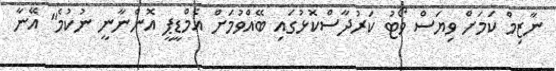
ނާޒިމް ކަމަށް ވިޔަސް ވޯޓު ކަރުދާސްކޮޅުގައި ބޭއްވުމަށް އެމްޑީޕީ އޮންނާނީ ނުކުމެ" އޭނާ